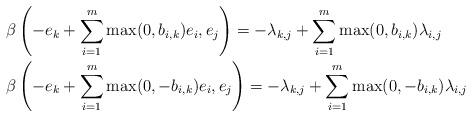
LaTeX: \begin{align*}&\beta\left(-e_k+\sum_{i=1}^m\max(0,b_{i,k})e_i,e_j\right)=-\lambda_{k,j}+\sum_{i=1}^m\max(0,b_{i,k})\lambda_{i,j}\\&\beta\left(-e_k+\sum_{i=1}^m\max(0,-b_{i,k})e_i,e_j\right)=-\lambda_{k,j}+\sum_{i=1}^m\max(0,-b_{i,k})\lambda_{i,j}\end{align*}